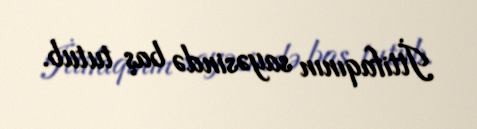
İttifaqının sayəsində baş tutub.